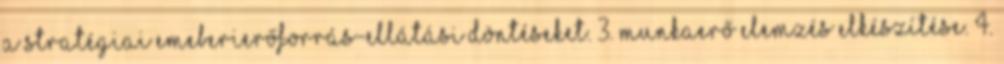
a stratégiai emeberierőforrás-ellátási döntéseket. 3. Munkaerő elemzés elkészítése. 4.